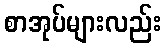
စာအုပ်များလည်း